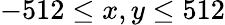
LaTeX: -512\leq x,y\leq 512